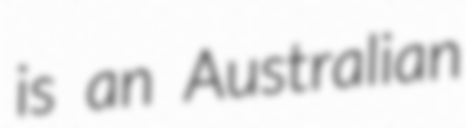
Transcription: is an Australian